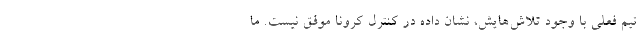
تیم فعلی با وجود تلاش‌هایش، نشان داده در کنترل کرونا موفق نیست. ما